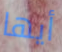
أيها